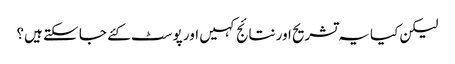
لیکن کیا یہ تشریح اور نتائج کہیں اور پوسٹ کئے جا سکتے ہیں؟